Report on vaccination in the Province of Bengal - 1874-1889
Year: 1874
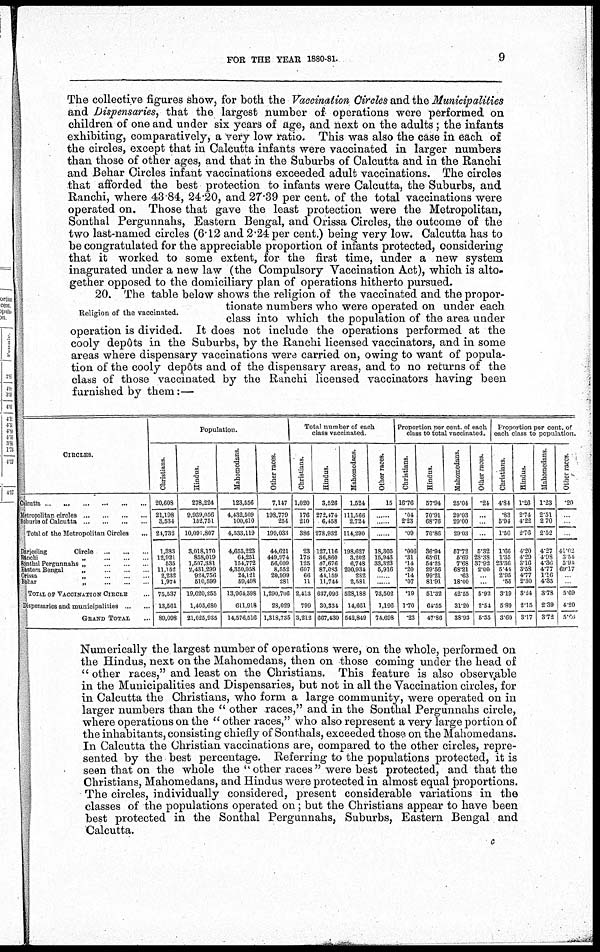
FOR THE YEAR 1880-81.
9
The collective figures show, for both the Vaccination, Circles and the Municipalities
and Dispensaries, that the largest number of operations were performed on
children of one and under six years of age, and next on the adults; the infants
exhibiting, comparatively, a very low ratio. This was also the case in each of
the circles, except that in Calcutta infants were vaccinated in larger numbers
than those of other ages, and that in the Suburbs of Calcutta and in the Ranchi
and Behar Circles infant vaccinations exceeded adult vaccinations. The circles
that afforded the best protection to infants were Calcutta, the Suburbs, and
Ranchi, where 43.84, 24.20, and 27.39 per cent. of the total vaccinations were
operated on. Those that gave the least protection were the Metropolitan,
Sonthal Pergunnahs, Eastern Bengal, and Orissa Circles, the outcome of the
two last-named circles (6.12 and 2.24 per cent.) being very low. Calcutta has to
be congratulated for the appreciable proportion of infants protected, considering
that it worked to some extent, for the first time, under a new system
inagurated under a new law (the Compulsory Vaccination Act), which is alto-
gether opposed to the domiciliary plan of operations hitherto pursued.
Religion of the vaccinated.
20. The table below shows the religion of the vaccinated and the propor-
tionate numbers who were operated on under each
class into which the population of the area under
operation is divided. It does not include the operations performed at the
cooly depôts in the Suburbs, by the Ranchi licensed vaccinators, and in some
areas where dispensary vaccinations were carried on, owing to want of popula-
tion of the cooly depôts and of the dispensary areas, and to no returns of the
class of those vaccinated by the Ranchi licensed vaccinators having been
furnished by them:—
CIRCLES.
Calcutta
...
...
...
...
...
...
Metropolitan circles
...
...
...
...
Suburbs of Calcutta
...
...
...
Total of the Metropolitan Circles ...
Darjeeling
Circle
...
...
...
Ranchi
„
...
...
...
Sonthal Pergunnahs „
...
...
...
Eastern Bengal
„
...
...
...
Orissa
„
...
...
...
Behar
„ ... ... ...
TOTAL OF VACCINATION CIRCLE ...
Dispensaries and municipalities .. ..
GRAND TOTAL ...
Population.
Christians.
20,608
21,198
3,534
24,732
1,383
12,921
535
11,152
2,232
1,974
76,537
13,561
89,098
Hindus.
278,224
9,939,056
152,751
10,091,807
8,018,170
858,019
1,507,381
2,431,299
924,756
510,599
19,620,255
1,405,680
21,025,935
Mahomedans.
123,556
4,432,509
100,610
4,533,119
4,655,223
64,251
154,772
4,350,058
24,121
59,493
13,964,598
611,918
14,576,516
Other races.
7,147
198,779
254
199,033
44,621
449,974
56,009
8,552
20,999
281
1,290,706
28,029
1,318,736
Total number of each
class vaccinated.
Christians.
1,020
176
210
386
23
175
125
607
66
11
2,413
799
3,212
Hindus.
3,526
272,474
6,458
278,932
127,116
36,860
47,676
87,083
41,159
11,744
637,096
30,334
667,430
Mahomedans.
1,524
111,566
2,724
114,290
198,627
3,202
6,748
200,934
282
2,581
528,188
14,661
542,849
Other races.
15
......
......
......
18,305
15,943
33,323
5,916
......
......
73,502
1,196
71,698
Proportion per cent of each
class to total vaccinated.
Christians.
16.76
.04
2.23
.09
.006
.31
.14
.20
.14
.07
.19
1.70
.23
Hindus.
57.94
70.91
68.76
70.86
36.94
65.61
54.25
29.56
99.21
81.91
51.32
64.55
47.86
Mahomedans.
25.04
29.03
29.00
29.03
57.72
5.69
7.68
68.21
.63
18.00
42.55
31.20
38.93
Other races.
.24
......
......
......
5.32
28.38
37.92
2.00
...
...
5.92
2.54
5.35
Proportion per cent. of
each class to population.
Christians.
4.84
.83
5.94
1.56
1.66
1.35
23.36
5.44
2.95
.55
3.19
5.89
3.60
Hindus.
1.26
2.74
4.22
2.76
4.20
4.29
3.16
3.58
4.77
2 30
8.24
2.15
3.17
Mahomedans.
1.23
2.51
2.70
2.52
4.27
4.98
4.36
4.77
1.16
4.35
3.78
2.39
3.72
Other races.
.20
41.02
3.51
5.94
69.17
5.69
4.20
5.60
Numerically the largest number of operations were, on the whole, performed on
the Hindus, next on the Mahomedans, then on those coming under the head of
" other races," and least on the Christians. This feature is also observable
in the Municipalities and Dispensaries, but not in all the Vaccination circles, for
in Calcutta the Christians, who form a large community, were operated on in
larger numbers than the " other races," and in the Sonthal Pergunnahs circle,
where operations on the " other races," who also represent a very large portion of
the inhabitants, consisting chiefly of Sonthals, exceeded those on the Mahomedans.
In Calcutta the Christian vaccinations are, compared to the other circles, repre-
sented by the best percentage. Referring to the populations protected, it is
seen that on the whole the '' other races " were best protected, and that the
Christians, Mahomedans, and Hindus were protected in almost equal proportions.
The circles, individually considered, present considerable variations in the
classes of the populations operated on; but the Christians appear to have been
best protected in the Sonthal Pergunnahs, Suburbs, Eastern Bengal and
Calcutta.
c